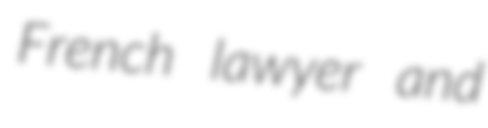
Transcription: French lawyer and